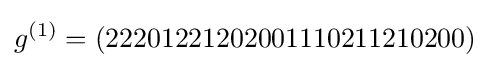
g^{(1)}=(22201221202001110211210200)